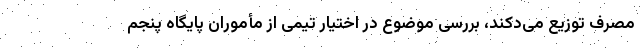
مصرف توزیع می‌دکند، بررسی موضوع در اختیار تیمی از مأموران پایگاه پنجم